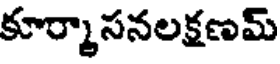
కూర్మాసనలక్షణమ్